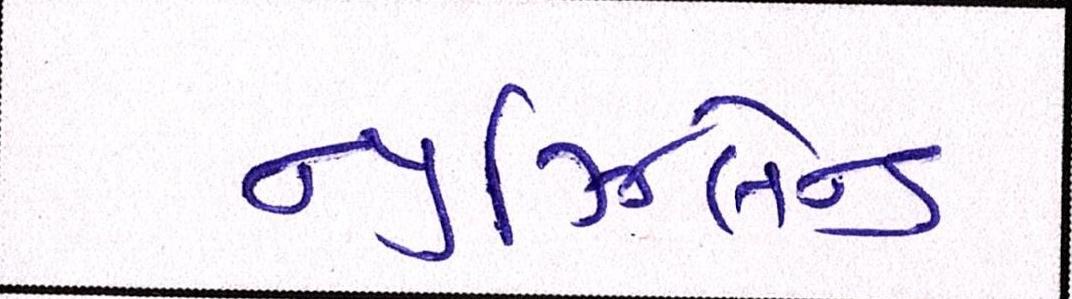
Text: ન્યૂઝિલેન્ડ